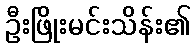
ဦးဖြိုးမင်းသိန်း၏